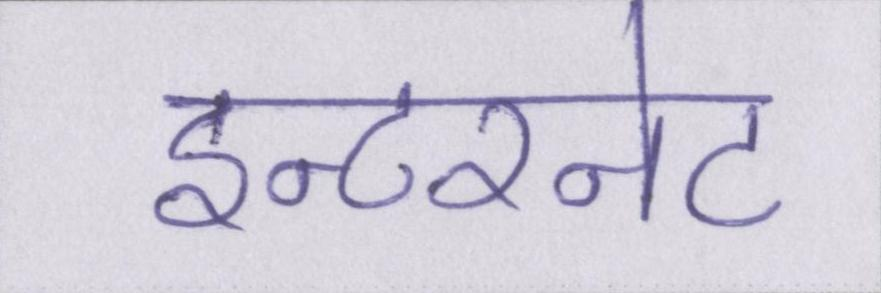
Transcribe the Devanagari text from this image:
इन्टरनेट